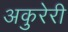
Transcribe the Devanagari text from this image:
अकुरेरी